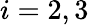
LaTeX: i=2,3